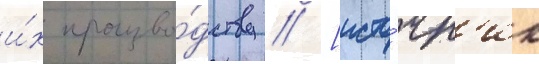
и́х произво́дству // [исто́чн'ик